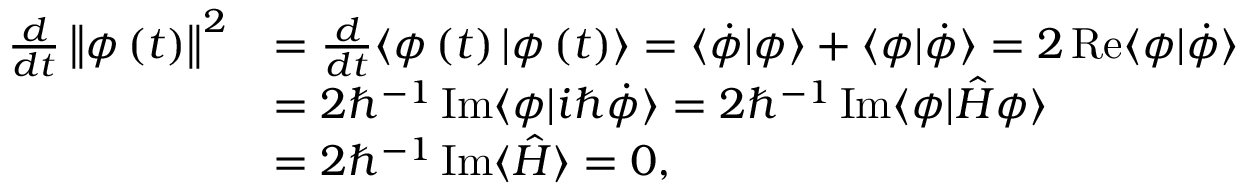
\begin{array} { r l } { \frac { d } { d t } \left\Vert \phi \left( t \right) \right\Vert ^ { 2 } } & { = \frac { d } { d t } \langle \phi \left( t \right) | \phi \left( t \right) \rangle = \langle \dot { \phi } | \phi \rangle + \langle \phi | \dot { \phi } \rangle = 2 \operatorname { R e } \langle \phi | \dot { \phi } \rangle } \\ & { = 2 \hbar ^ { - 1 } \operatorname { I m } \langle \phi | i \hbar \dot { \phi } \rangle = 2 \hbar ^ { - 1 } \operatorname { I m } \langle \phi | \hat { H } \phi \rangle } \\ & { = 2 \hbar ^ { - 1 } \operatorname { I m } \langle \hat { H } \rangle = 0 , } \end{array}